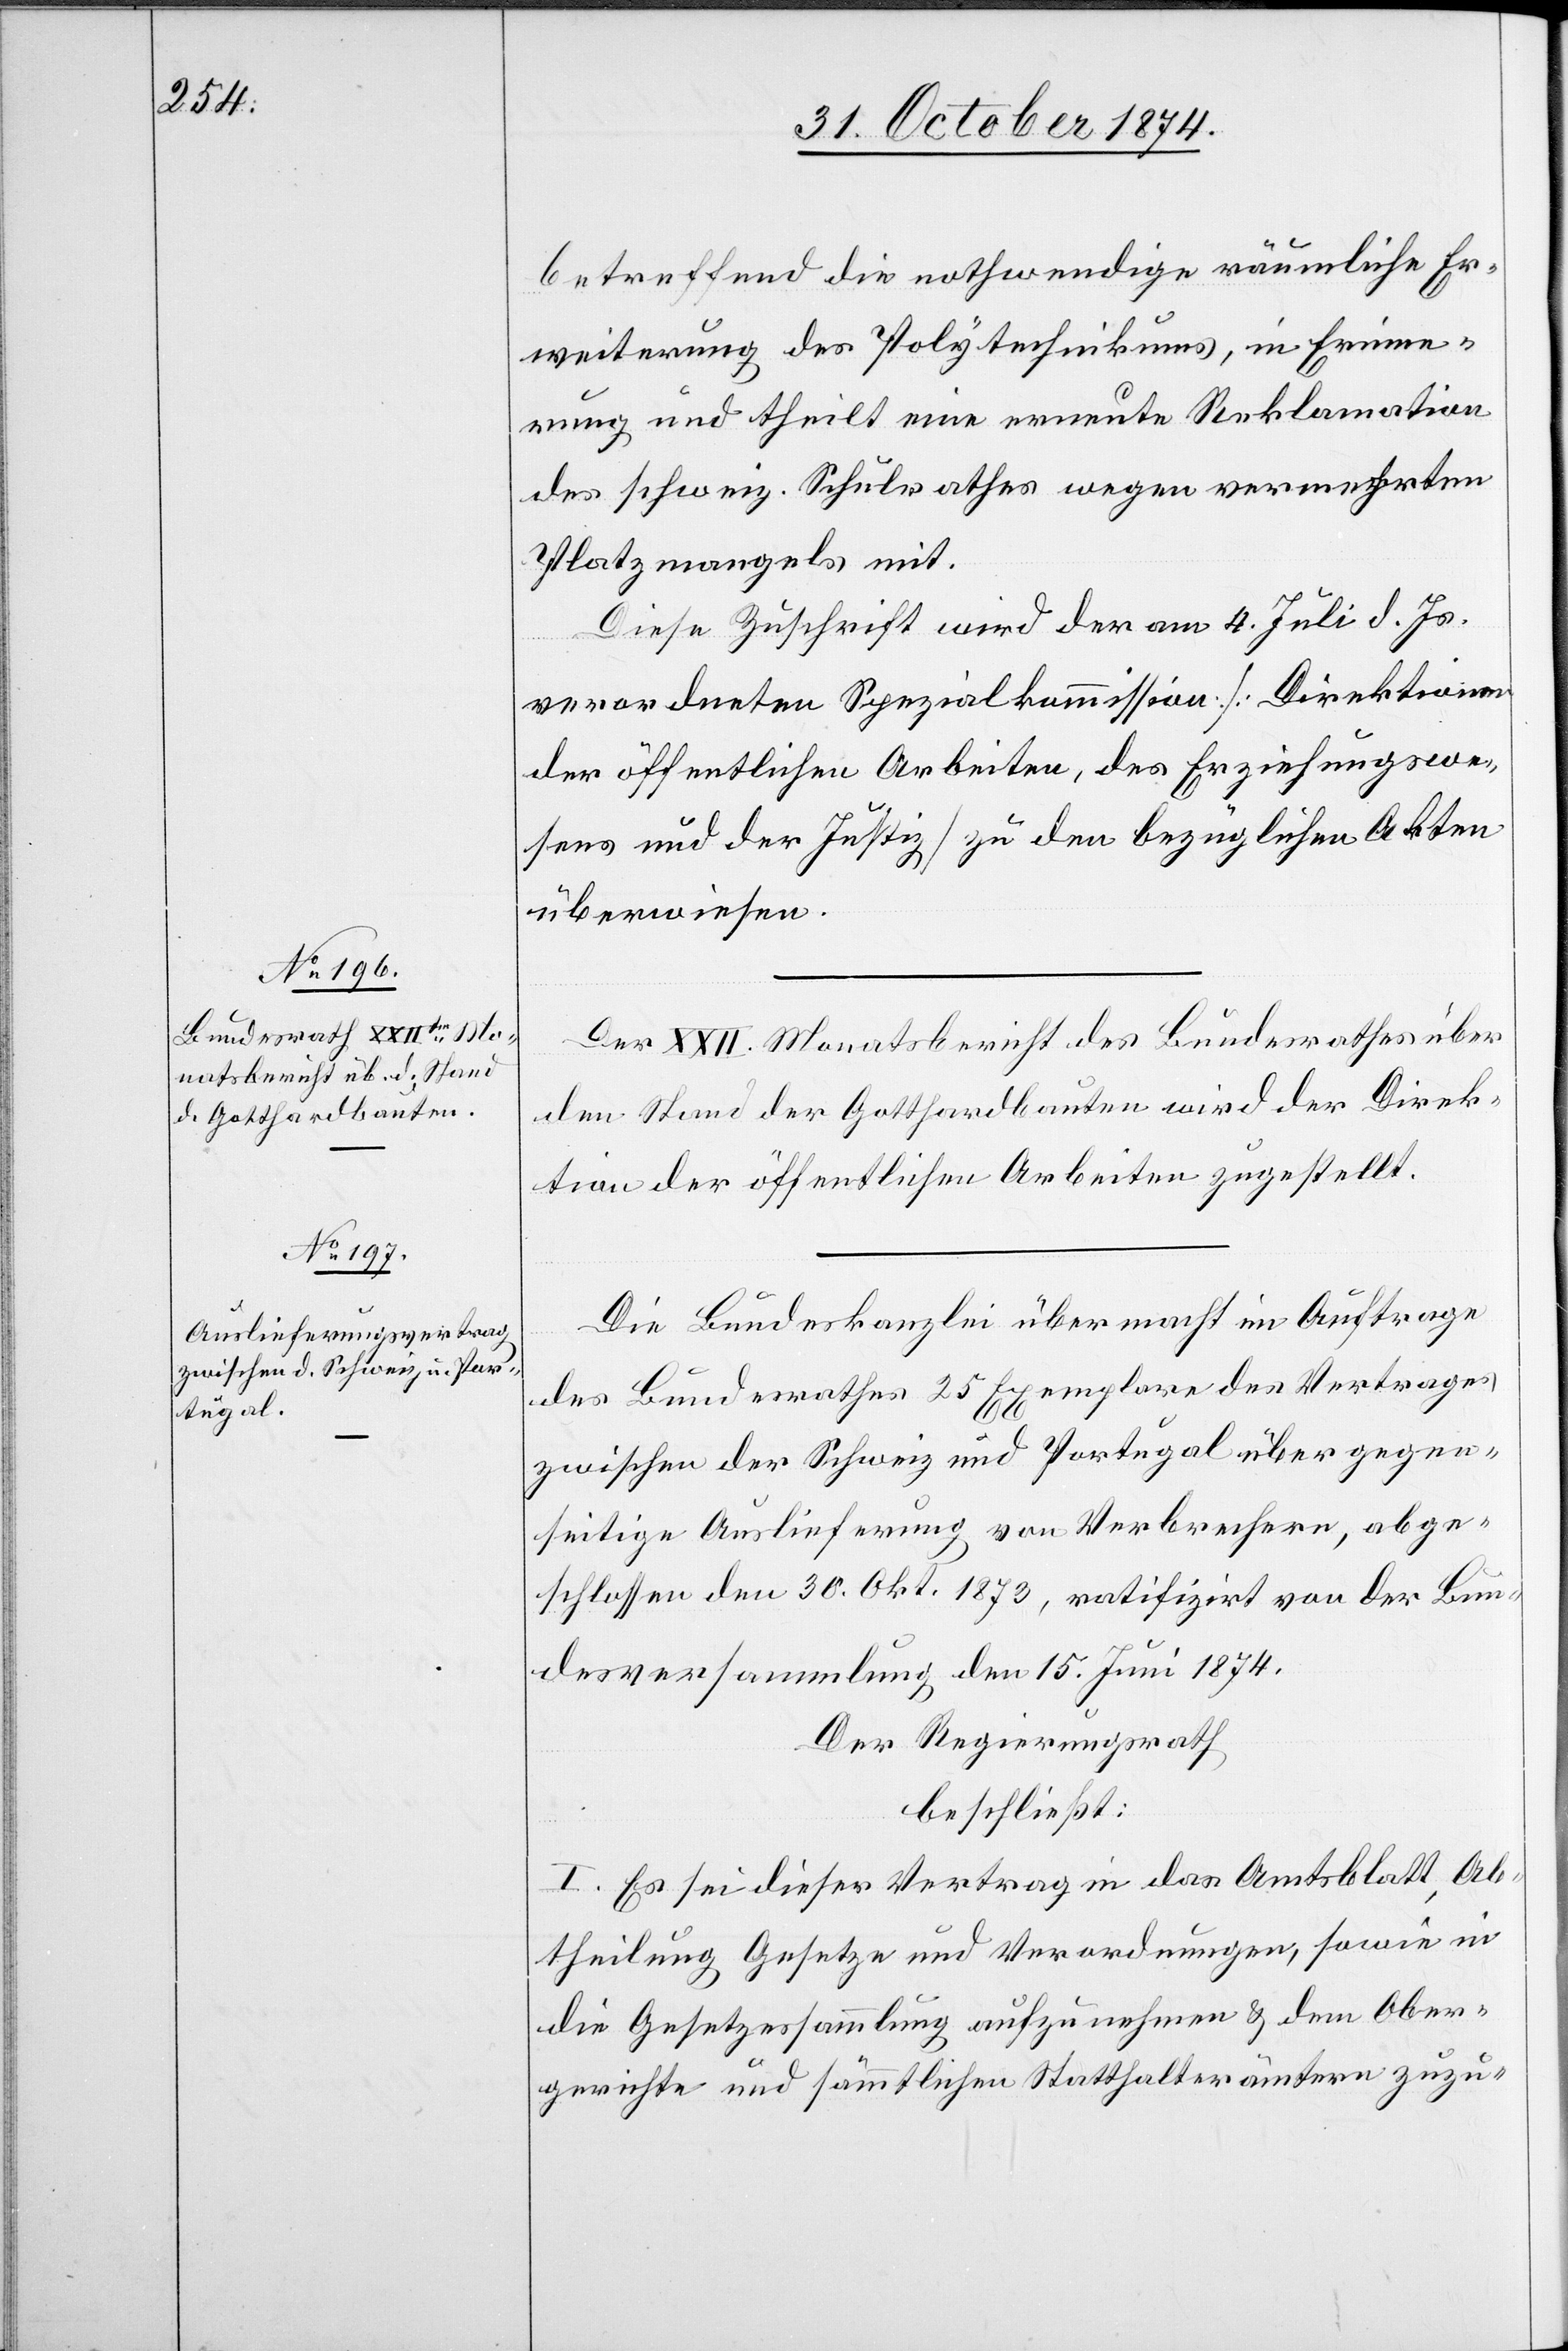
betreffend die nothwendige räumliche Er¬
weiterung des Polytechnikums, in Erinne¬
rung und theilt eine erneute Reklamation
des schweiz. Schulrathes wegen vermehrten
Platzmangels mit.
Diese Zuschrift wird der am 4. Juli d. Js.
verordneten Spezialkommission [Direktionen
der öffentlichen Arbeiten, des Erziehungswe¬
sens und der Justiz] zu den bezüglichen Akten
überwiesen.
Der XXII. Monatsbericht des Bundesrathes über
den Stand der Gotthardbauten wird der Direk¬
tion der öffentlichen Arbeiten zugestellt.
Die Bundeskanzlei übermacht im Auftrage
des Bundesrathes 25 Exemplare des Vertrages
zwischen der Schweiz und Portugal über gegen¬
seitige Auslieferung von Verbrechern, abge¬
schlossen den 30. Okt. 1873, ratifizirt von der Bun¬
desversammlung den 15. Juni 1874.
Der Regierungsrath
beschließt:
I. Es sei dieser Vertrage in das Amtsblatt, Ab¬
theilung Gesetze und Verordnungen, sowie in
die Gesetzessammlung aufzunehmen & dem Ober¬
gerichte und sämmtlichen Statthalterämtern zuzu-